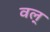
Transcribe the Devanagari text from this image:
वल्‌